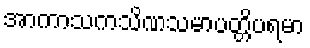
အာကာသကသိဏသမာပတ္တိပရမာ